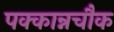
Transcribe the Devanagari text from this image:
पक्कान्नचौक